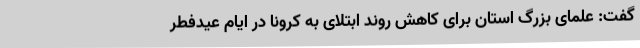
گفت: علمای بزرگ استان برای کاهش روند ابتلای به کرونا در ایام عیدفطر